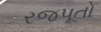
રજપૂતો